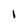
Character: I